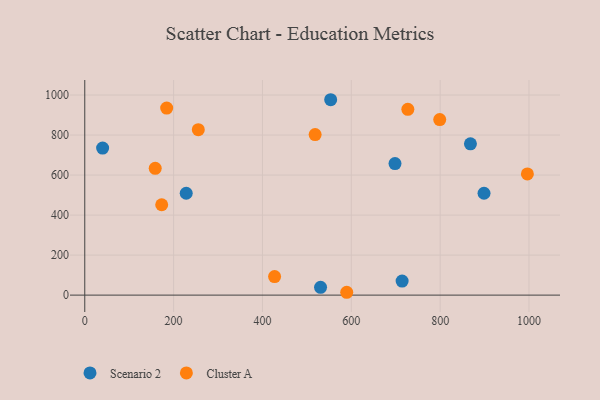
{"axis": {"x": "Price", "y": "Sales"}, "legend": ["Cluster A", "Scenario 2"], "data": [{"x": "898.8", "y": 509.1, "type": "Scenario 2"}, {"x": "228.4", "y": 509.0, "type": "Scenario 2"}, {"x": "553.6", "y": 976.5, "type": "Scenario 2"}, {"x": "714.4", "y": 70.1, "type": "Scenario 2"}, {"x": "530.8", "y": 39.0, "type": "Scenario 2"}, {"x": "40.2", "y": 734.8, "type": "Scenario 2"}, {"x": "698.4", "y": 657.5, "type": "Scenario 2"}, {"x": "868.2", "y": 756.0, "type": "Scenario 2"}, {"x": "184.4", "y": 934.9, "type": "Cluster A"}, {"x": "255.6", "y": 826.8, "type": "Cluster A"}, {"x": "173.2", "y": 451.6, "type": "Cluster A"}, {"x": "727.3", "y": 928.3, "type": "Cluster A"}, {"x": "589.7", "y": 14.2, "type": "Cluster A"}, {"x": "799.1", "y": 877.4, "type": "Cluster A"}, {"x": "518.6", "y": 802.4, "type": "Cluster A"}, {"x": "996.4", "y": 605.8, "type": "Cluster A"}, {"x": "158.6", "y": 633.8, "type": "Cluster A"}, {"x": "427.3", "y": 92.6, "type": "Cluster A"}]}